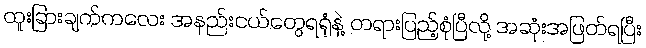
ထူးခြားချက်ကလေး အနည်းငယ်တွေရရုံနဲ့ တရားပြည့်စုံပြီလို့ အဆုံးအဖြတ်ရပြီး